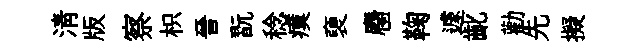
清版察枳晉翫稔瘼褏麕鞠遽齔勸先擬